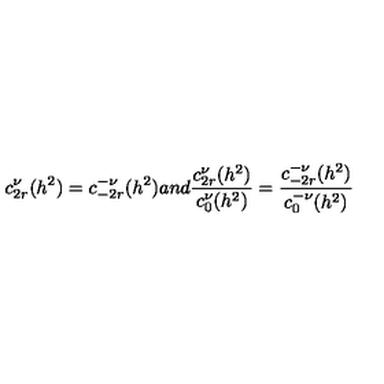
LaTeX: c _ { 2 r } ^ { \nu } ( h ^ { 2 } ) = c _ { - 2 r } ^ { - \nu } ( h ^ { 2 } ) a n d \frac { c _ { 2 r } ^ { \nu } ( h ^ { 2 } ) } { c _ { 0 } ^ { \nu } ( h ^ { 2 } ) } = \frac { c _ { - 2 r } ^ { - \nu } ( h ^ { 2 } ) } { c _ { 0 } ^ { - \nu } ( h ^ { 2 } ) }